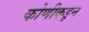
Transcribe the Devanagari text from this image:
कोणीकडून